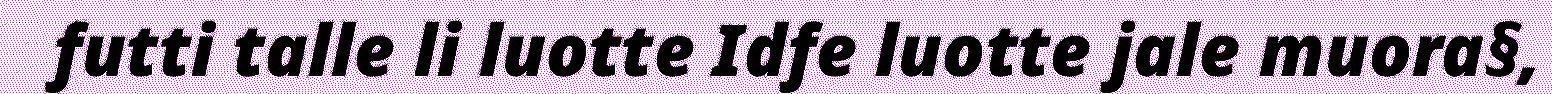
futti talle li luotte Idfe luotte jale muora§,